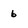
Character: 6